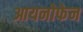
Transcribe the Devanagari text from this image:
आयनोफेन